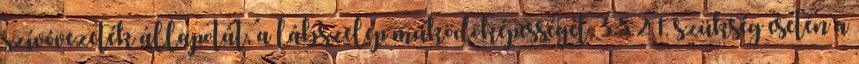
szívóvezeték állapotát, a lábszelep mûködõképességét, 3.5.2.1. szükség esetén a